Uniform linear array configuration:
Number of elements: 48
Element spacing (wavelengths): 0.75
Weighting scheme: binomial
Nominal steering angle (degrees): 60
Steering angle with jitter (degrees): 59.63
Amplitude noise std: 0.05
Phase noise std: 0.05

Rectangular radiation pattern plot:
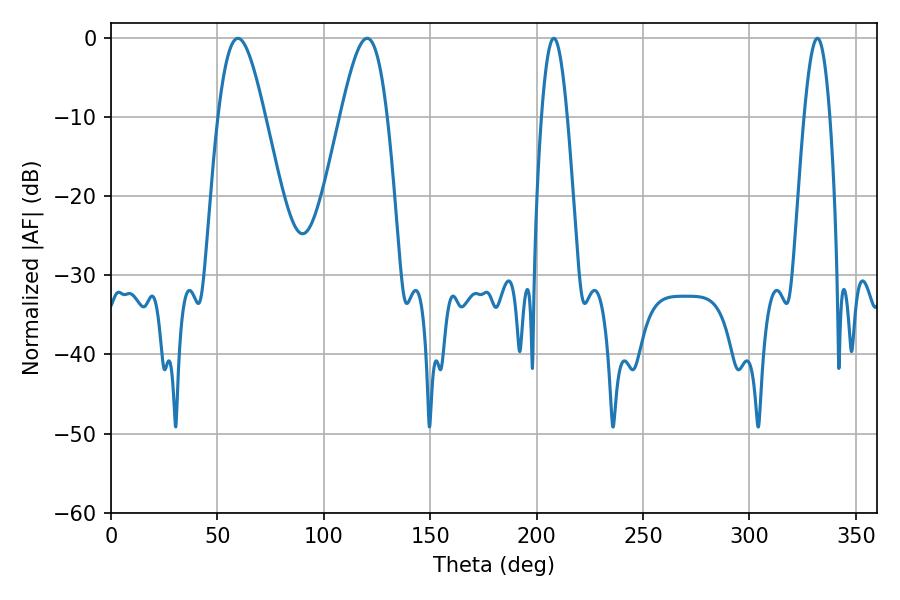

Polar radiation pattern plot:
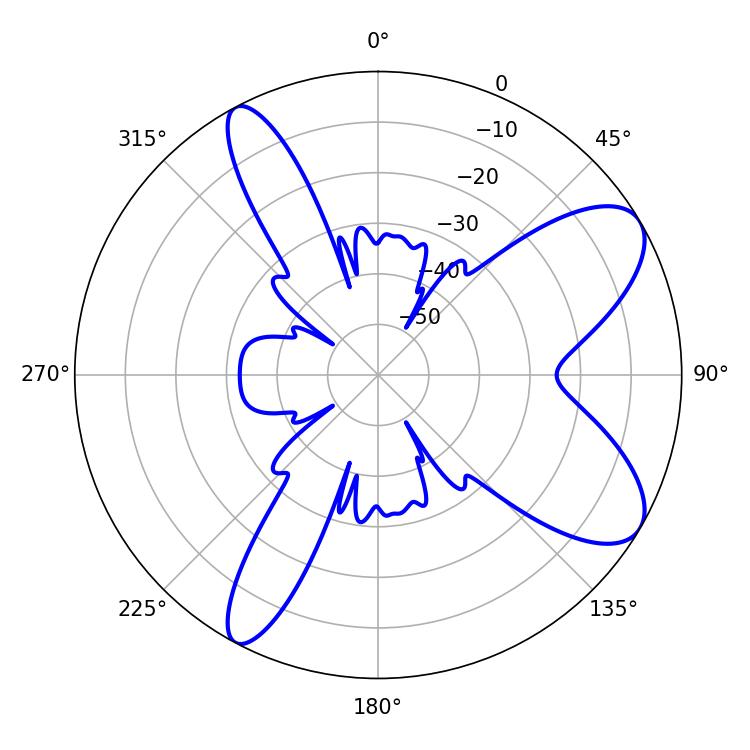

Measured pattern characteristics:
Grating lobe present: TRUE
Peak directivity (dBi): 8.609
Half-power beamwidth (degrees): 6.48
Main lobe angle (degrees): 208.08